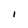
Character: I